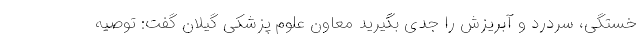
خستگی، سردرد و آبریزش را جدی بگیرید معاون علوم پزشکی گیلان گفت: توصیه